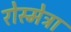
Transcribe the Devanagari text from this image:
रोस्मेट्रा